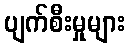
ပျက်စီးမှုများ